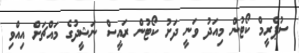
ސުޕްރީމް ކޯޓުން މިއަދު ވަނީ ދަށު ކޯޓުން ރައީސް ނަޝީދުގެ މައްޗަށް އިއްވި